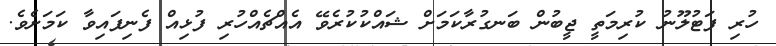
ހުރި ފަޓުލޫނު ކުރިމަތީ ޖީބުން ބަނގުރާކަމަށް ޝައްކުކުރެވޭ އެއްޗެއްހުރި ފުޅިއް ފެނިފައިވާ ކަމަށެވެ.